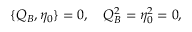
\{ Q _ { B } , \eta _ { 0 } \} = 0 , \quad Q _ { B } ^ { 2 } = \eta _ { 0 } ^ { 2 } = 0 ,